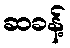
ဆခန့်